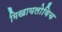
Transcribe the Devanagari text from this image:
मिखायलोविच